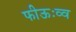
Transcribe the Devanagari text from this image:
फीऊःव्व